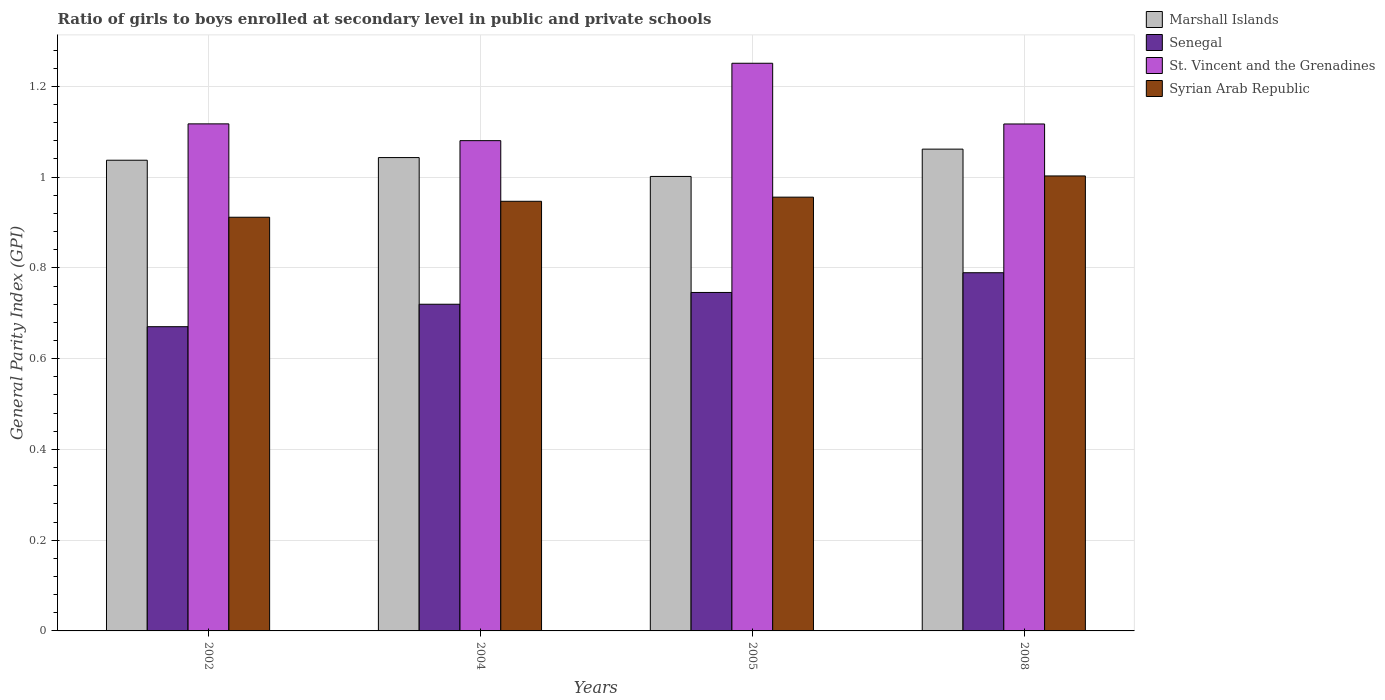
| Years | Marshall Islands | Senegal | St. Vincent and the Grenadines | Syrian Arab Republic |
 | --- | --- | --- | --- | --- |
 | 2002 | 1.04 | 0.67 | 1.12 | 0.912 |
 | 2004 | 1.04 | 0.72 | 1.08 | 0.947 |
 | 2005 | 1 | 0.746 | 1.25 | 0.956 |
 | 2008 | 1.06 | 0.789 | 1.12 | 1 |